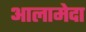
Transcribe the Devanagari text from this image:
आलामेदा